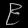
Digit: ၉